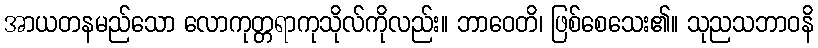
အာယတနမည်သော လောကုတ္တရာကုသိုလ်ကိုလည်း။ ဘာဝေတိ၊ ဖြစ်စေသေး၏။ သုညသဘာဝနိ